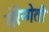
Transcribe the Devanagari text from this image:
सेरेन्गेती